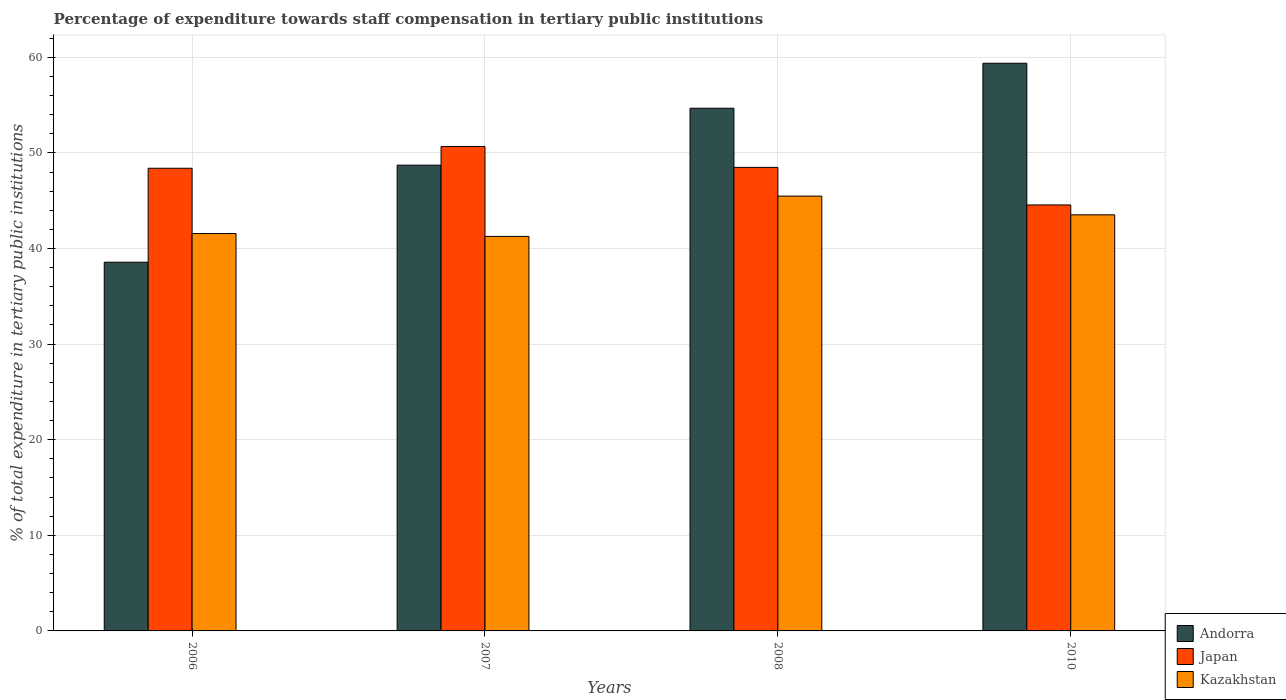
| Years | Andorra | Japan | Kazakhstan |
 | --- | --- | --- | --- |
 | 2006 | 38.6 | 48.4 | 41.6 |
 | 2007 | 48.7 | 50.7 | 41.3 |
 | 2008 | 54.7 | 48.5 | 45.5 |
 | 2010 | 59.4 | 44.6 | 43.5 |